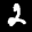
Label: 2